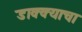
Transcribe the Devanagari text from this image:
डाक्क्याचा